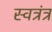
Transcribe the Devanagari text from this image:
स्वत्रंत्र